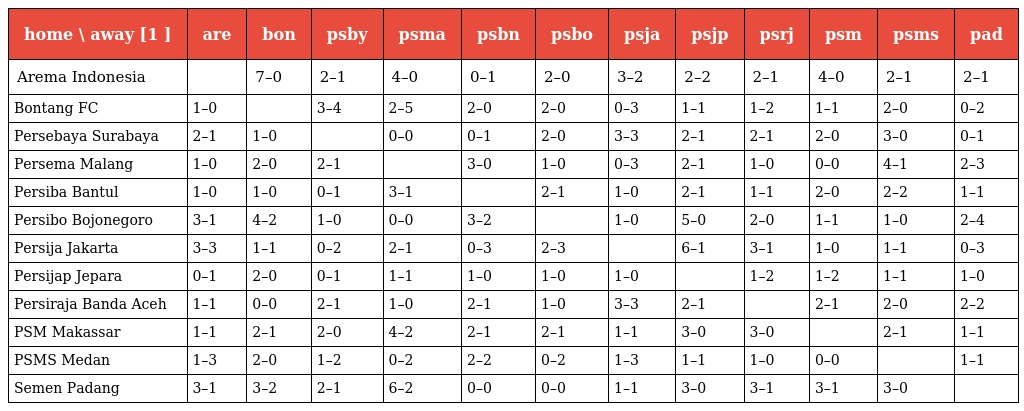
| home \ away [1 ] | are | bon | psby | psma | psbn | psbo | psja | psjp | psrj | psm | psms | pad |
 | --- | --- | --- | --- | --- | --- | --- | --- | --- | --- | --- | --- | --- |
 | Arema Indonesia |  | 7–0 | 2–1 | 4–0 | 0–1 | 2–0 | 3–2 | 2–2 | 2–1 | 4–0 | 2–1 | 2–1 |
 | Bontang FC | 1–0 |  | 3–4 | 2–5 | 2–0 | 2–0 | 0–3 | 1–1 | 1–2 | 1–1 | 2–0 | 0–2 |
 | Persebaya Surabaya | 2–1 | 1–0 |  | 0–0 | 0–1 | 2–0 | 3–3 | 2–1 | 2–1 | 2–0 | 3–0 | 0–1 |
 | Persema Malang | 1–0 | 2–0 | 2–1 |  | 3–0 | 1–0 | 0–3 | 2–1 | 1–0 | 0–0 | 4–1 | 2–3 |
 | Persiba Bantul | 1–0 | 1–0 | 0–1 | 3–1 |  | 2–1 | 1–0 | 2–1 | 1–1 | 2–0 | 2–2 | 1–1 |
 | Persibo Bojonegoro | 3–1 | 4–2 | 1–0 | 0–0 | 3–2 |  | 1–0 | 5–0 | 2–0 | 1–1 | 1–0 | 2–4 |
 | Persija Jakarta | 3–3 | 1–1 | 0–2 | 2–1 | 0–3 | 2–3 |  | 6–1 | 3–1 | 1–0 | 1–1 | 0–3 |
 | Persijap Jepara | 0–1 | 2–0 | 0–1 | 1–1 | 1–0 | 1–0 | 1–0 |  | 1–2 | 1–2 | 1–1 | 1–0 |
 | Persiraja Banda Aceh | 1–1 | 0–0 | 2–1 | 1–0 | 2–1 | 1–0 | 3–3 | 2–1 |  | 2–1 | 2–0 | 2–2 |
 | PSM Makassar | 1–1 | 2–1 | 2–0 | 4–2 | 2–1 | 2–1 | 1–1 | 3–0 | 3–0 |  | 2–1 | 1–1 |
 | PSMS Medan | 1–3 | 2–0 | 1–2 | 0–2 | 2–2 | 0–2 | 1–3 | 1–1 | 1–0 | 0–0 |  | 1–1 |
 | Semen Padang | 3–1 | 3–2 | 2–1 | 6–2 | 0–0 | 0–0 | 1–1 | 3–0 | 3–1 | 3–1 | 3–0 |  |